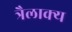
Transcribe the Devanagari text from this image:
त्रैलाक्य